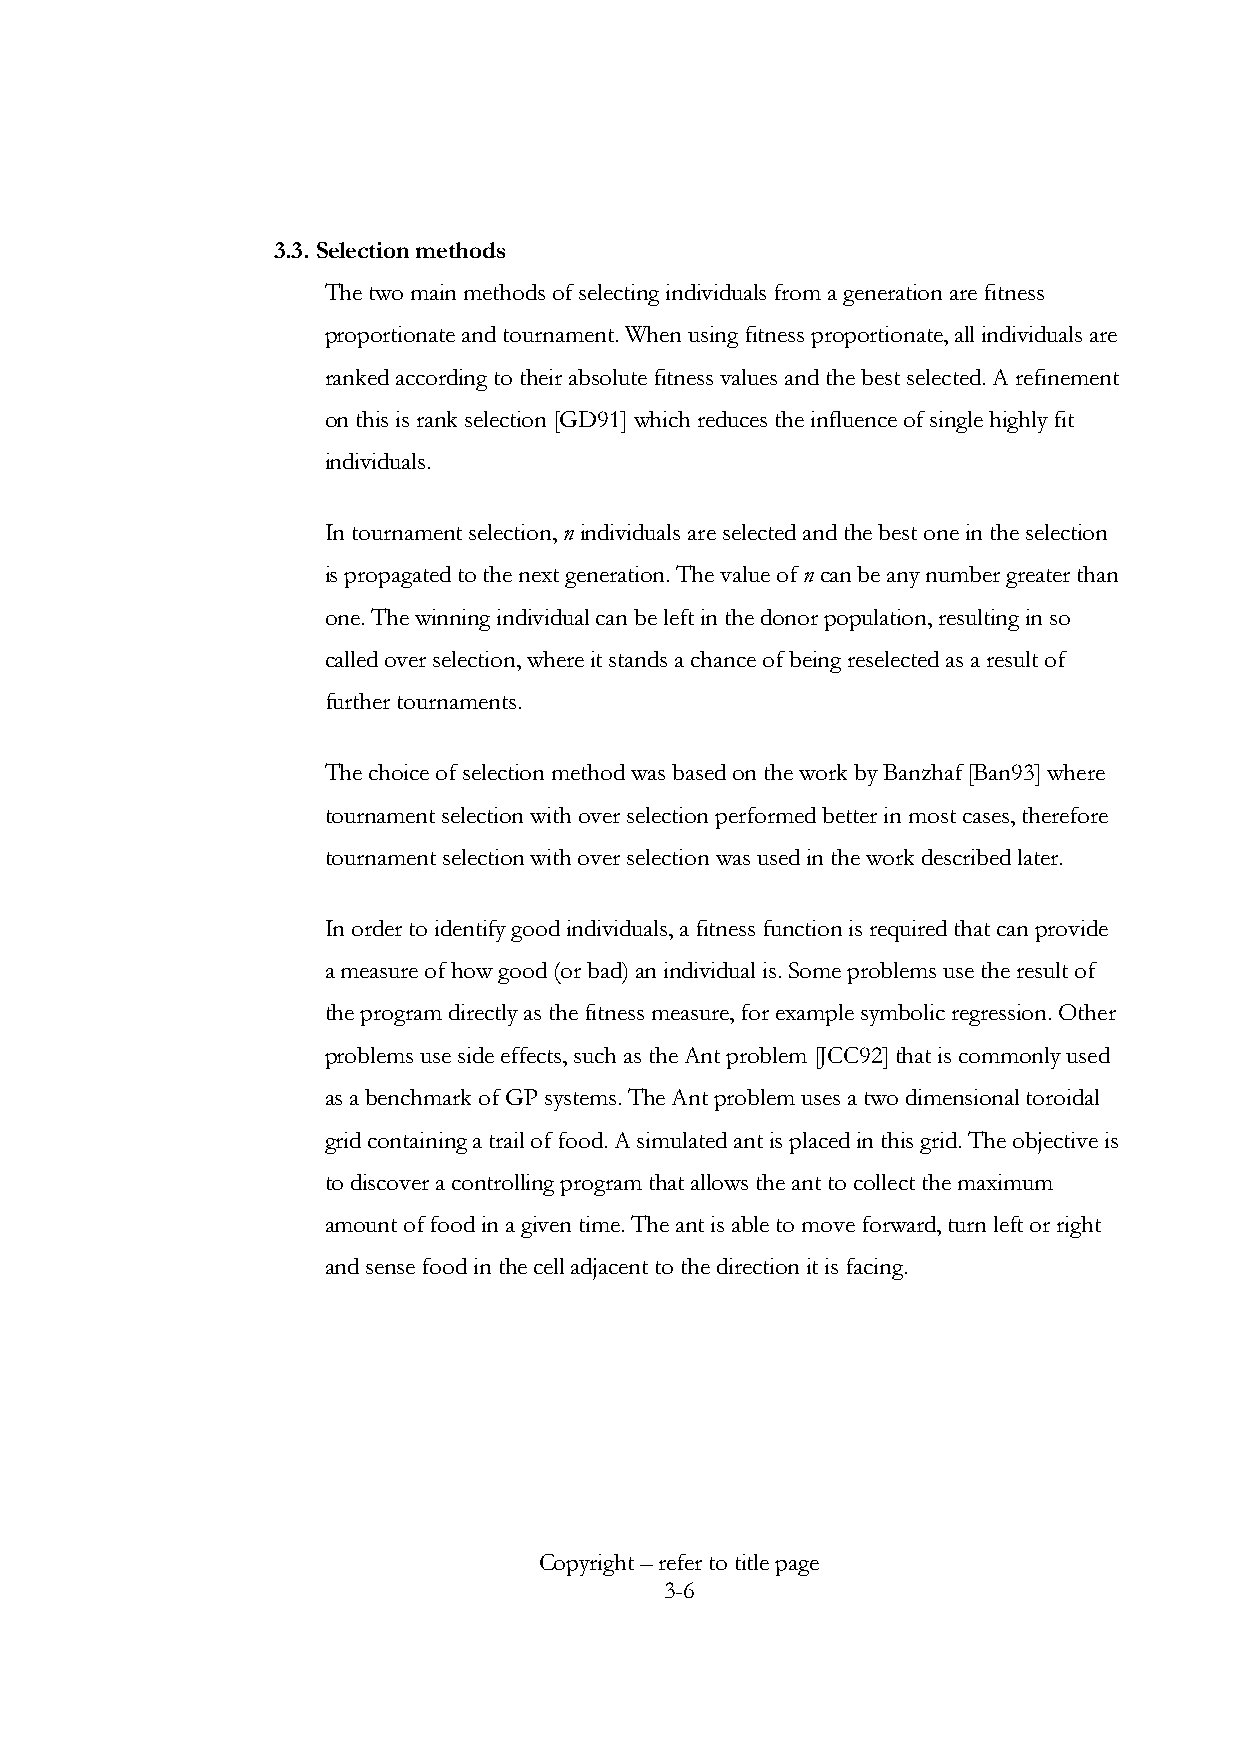
3.3. Selection methods
 The two main methods of selecting individuals from a generation are fitness
 proportionate and tournament. When using fitness proportionate, all individuals are
 ranked according to their absolute fitness values and the best selected. A refinement
 on this is rank selection [GD91] which reduces the influence of single highly fit
 individuals.
 In tournament selection, n individuals are selected and the best one in the selection
 is propagated to the next generation. The value of n can be any number greater than
 one. The winning individual can be left in the donor population, resulting in so
 called over selection, where it stands a chance of being reselected as a result of
 further tournaments.
 The choice of selection method was based on the work by Banzhaf [Ban93] where
 tournament selection with over selection performed better in most cases, therefore
 tournament selection with over selection was used in the work described later.
 In order to identify good individuals, a fitness function is required that can provide
 a measure of how good (or bad) an individual is. Some problems use the result of
 the program directly as the fitness measure, for example symbolic regression. Other
 problems use side effects, such as the Ant problem [JCC92] that is commonly used
 as a benchmark of GP systems. The Ant problem uses a two dimensional toroidal
 grid containing a trail of food. A simulated ant is placed in this grid. The objective is
 to discover a controlling program that allows the ant to collect the maximum
 amount of food in a given time. The ant is able to move forward, turn left or right
 and sense food in the cell adjacent to the direction it is facing.
 Copyright – refer to title page
 3-6